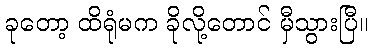
ခုတော့ ထိရုံမက ခိုလို့တောင် မှီသွားပြီ။